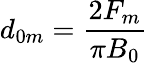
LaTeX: d_{0m}=\frac{2F_{m}}{\pi B_{0}}